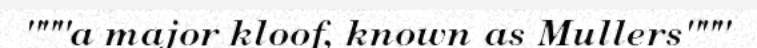
"""a major kloof, known as Mullers"""